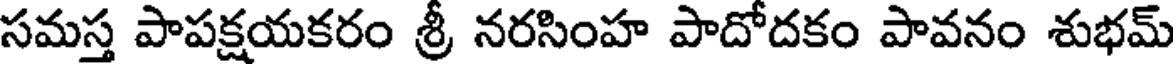
సమస్త పాపక్షయకరం శ్రీ నరసింహ పాదోదకం పావనం శుభమ్